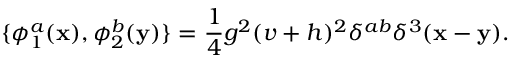
\{ \phi _ { 1 } ^ { a } ( { \bf x } ) , \phi _ { 2 } ^ { b } ( { \bf y } ) \} = \frac { 1 } { 4 } g ^ { 2 } ( v + h ) ^ { 2 } \delta ^ { a b } \delta ^ { 3 } ( { \bf x } - \bf { y } ) .